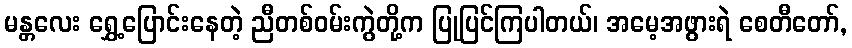
မန္တလေး ရွှေ့ပြောင်းနေတဲ့ ညီတစ်ဝမ်းကွဲတို့က ပြုပြင်ကြပါတယ်၊ အမေ့အဖွားရဲ စေတီတော်,